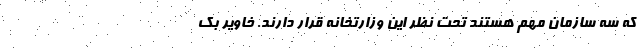
که سه سازمان مهم هستند تحت نظر این وزارتخانه قرار دارند. خاویر بک